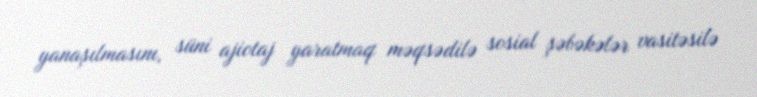
yanaşılmasını, süni ajiotaj yaratmaq məqsədilə sosial şəbəkələr vasitəsilə